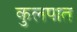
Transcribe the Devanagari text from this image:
कुलपात